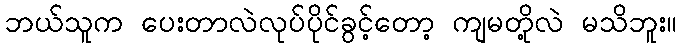
ဘယ်သူက ပေးတာလဲလုပ်ပိုင်ခွင့်တော့ ကျမတို့လဲ မသိဘူး။